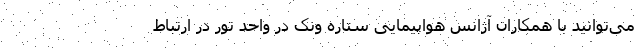
می‌توانید با همکاران آژانس هواپیمایی ستاره ونک در واحد تور در ارتباط